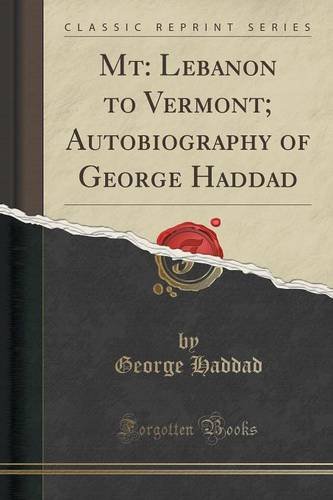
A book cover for Mt: Lebanon to Vermont; Autobiography of George Haddad (Classic Reprint); George Haddad; Travel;